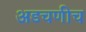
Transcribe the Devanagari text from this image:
अडचणीच